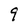
Character: 9